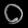
Digit: ၀